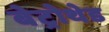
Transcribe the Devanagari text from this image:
बेट्रोथेड